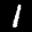
Label: 1